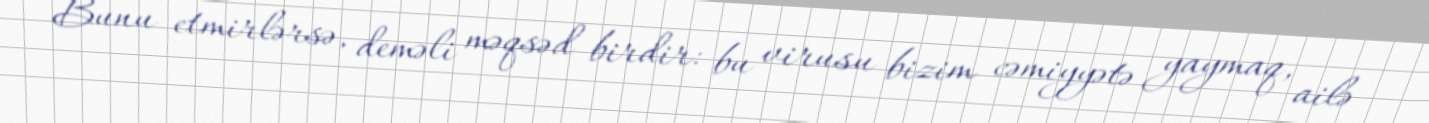
Bunu etmirlərsə, deməli məqsəd birdir: bu virusu bizim cəmiyyətə yaymaq, ailə